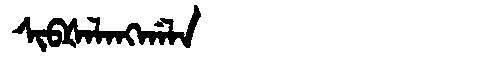
Manchu: ᠰᡳᠪᡧᠠᠯᠠᠩᡤᠠᠯᠠ
Romanization: SIBŠALANGGALA